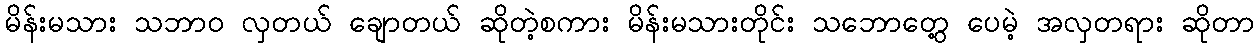
မိန်းမသား သဘာဝ လှတယ် ချောတယ် ဆိုတဲ့စကား မိန်းမသားတိုင်း သဘောတွေ့ ပေမဲ့ အလှတရား ဆိုတာ